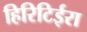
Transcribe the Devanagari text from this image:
हिरिटिईरा